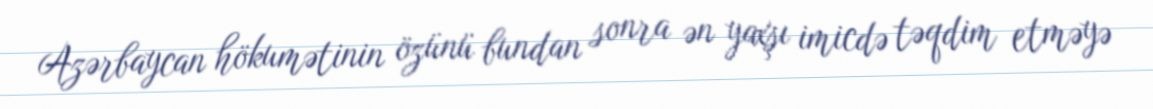
Azərbaycan hökumətinin özünü bundan sonra ən yaxşı imicdə təqdim etməyə